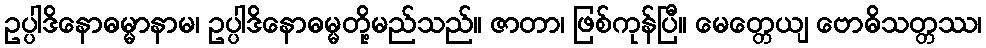
ဥပ္ပါဒိနောဓမ္မာနာမ၊ ဥပ္ပါဒိနောဓမ္မတို့မည်သည်။ ဇာတာ၊ ဖြစ်ကုန်ပြီ။ မေတ္တေယျ ဗောဓိသတ္တဿ၊